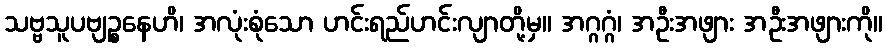
သဗ္ဗသူပဗျဉ္စနေဟိ၊ အလုံးစုံသော ဟင်းရည်ဟင်းလျာတို့မှ။ အဂ္ဂဂ္ဂံ၊ အဦးအဖျား အဦးအဖျားကို။